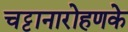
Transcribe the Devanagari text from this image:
चट्टानारोहणके